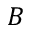
B